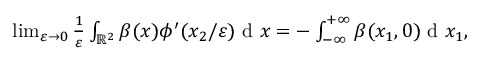
\begin{array} { r } { \operatorname* { l i m } _ { \varepsilon \to 0 } \frac { 1 } { \varepsilon } \int _ { \mathbb { R } ^ { 2 } } \beta ( x ) \phi ^ { \prime } ( x _ { 2 } / \varepsilon ) \textrm { d } x = - \int _ { - \infty } ^ { + \infty } \beta ( x _ { 1 } , 0 ) \textrm { d } x _ { 1 } , } \end{array}